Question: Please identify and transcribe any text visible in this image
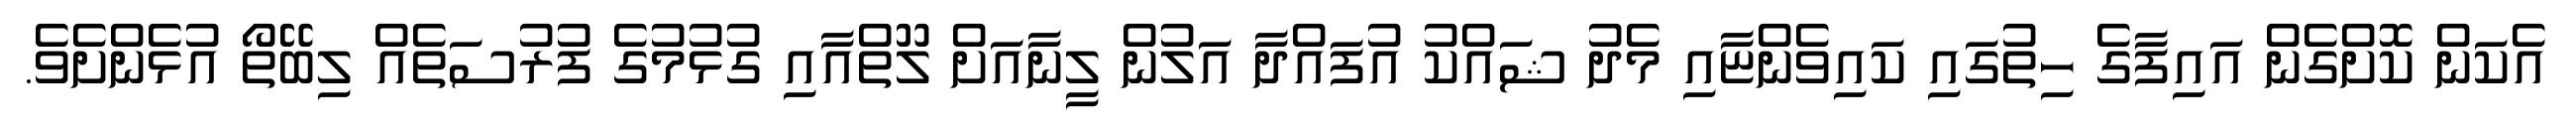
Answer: އެކަން ކޮށްގެން އައިފާގެ ހިތުގައި ކައިވެންޏާއި މެދު ޝައްކު އުފައްދާ އަލުން ލީނާއަށް ލޫތްއާއި ގުޅުމުގެ ފުރުސަތެއް ލިބޭތޯ އުޅެންށެވެ.